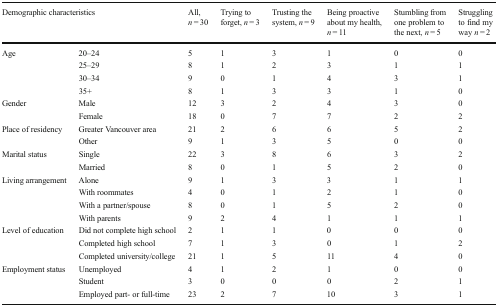
| <COLSPAN=2> Demographic characteristics | All, n = 30 | Trying to forget, n = 3 | Trusting the system, n = 9 | Being proactive about my health, n = 11 | Stumbling from one problem to the next, n = 5 | Struggling to find my way n = 2 |
 | --- | --- | --- | --- | --- | --- | --- | --- |
 | <ROWSPAN=4> Age | 20–24 | 5 | 1 | 3 | 1 | 0 | 0 |
 | 25–29 | 8 | 1 | 2 | 3 | 1 | 1 |
 | 30–34 | 9 | 0 | 1 | 4 | 3 | 1 |
 | 35+ | 8 | 1 | 3 | 3 | 1 | 0 |
 | <ROWSPAN=2> Gender | Male | 12 | 3 | 2 | 4 | 3 | 0 |
 | Female | 18 | 0 | 7 | 7 | 2 | 2 |
 | <ROWSPAN=2> Place of residency | Greater Vancouver area | 21 | 2 | 6 | 6 | 5 | 2 |
 | Other | 9 | 1 | 3 | 5 | 0 | 0 |
 | <ROWSPAN=2> Marital status | Single | 22 | 3 | 8 | 6 | 3 | 2 |
 | Married | 8 | 0 | 1 | 5 | 2 | 0 |
 | <ROWSPAN=4> Living arrangement | Alone | 9 | 1 | 3 | 3 | 1 | 1 |
 | With roommates | 4 | 0 | 1 | 2 | 1 | 0 |
 | With a partner/spouse | 8 | 0 | 1 | 5 | 2 | 0 |
 | With parents | 9 | 2 | 4 | 1 | 1 | 1 |
 | <ROWSPAN=3> Level of education | Did not complete high school | 2 | 1 | 1 | 0 | 0 | 0 |
 | Completed high school | 7 | 1 | 3 | 0 | 1 | 2 |
 | Completed university/college | 21 | 1 | 5 | 11 | 4 | 0 |
 | <ROWSPAN=3> Employment status | Unemployed | 4 | 1 | 2 | 1 | 0 | 0 |
 | Student | 3 | 0 | 0 | 0 | 2 | 1 |
 | Employed part- or full-time | 23 | 2 | 7 | 10 | 3 | 1 |